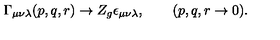
\Gamma _ { \mu \nu \lambda } ( p , q , r ) \to Z _ { g } \epsilon _ { \mu \nu \lambda } , \qquad ( p , q , r \to 0 ) .